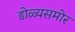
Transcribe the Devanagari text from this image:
डोळ्यसमोर